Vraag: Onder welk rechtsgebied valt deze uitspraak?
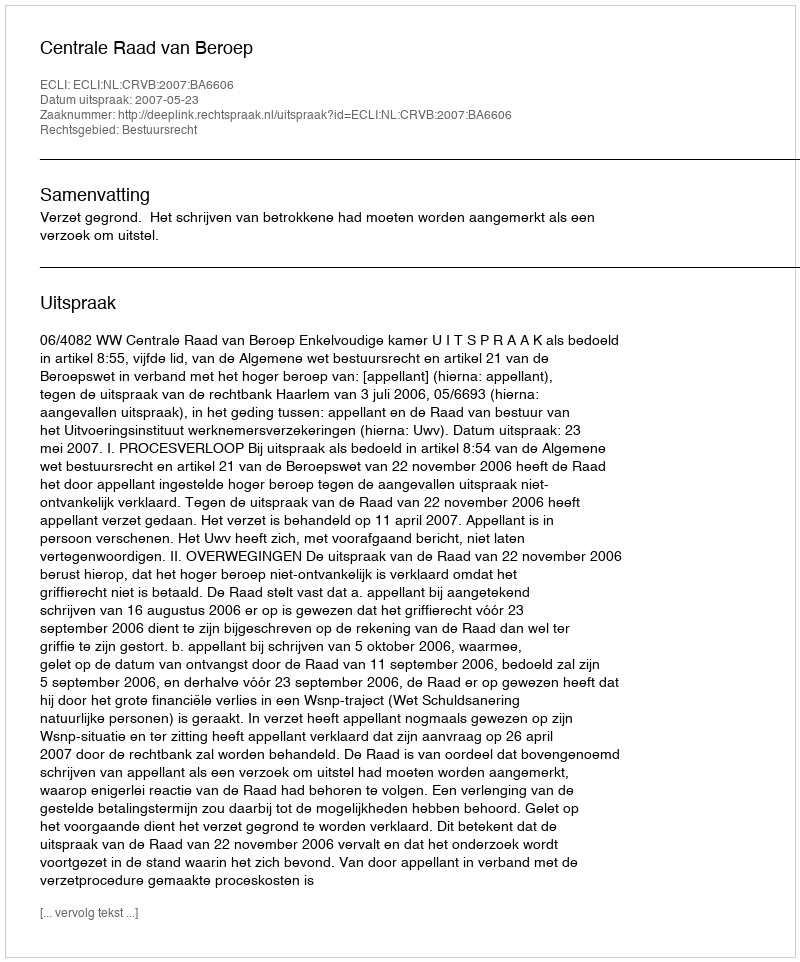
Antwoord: Bestuursrecht